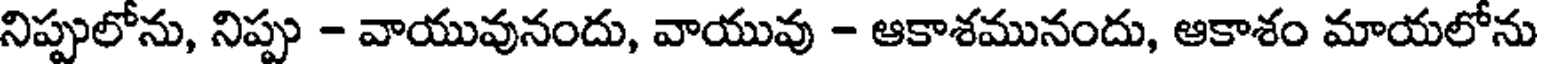
నిప్పులోను, నిప్పు - వాయువునందు, వాయువు - ఆకాశమునందు, ఆకాశం మాయలోను